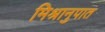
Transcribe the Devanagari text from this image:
मिश्रानुपात